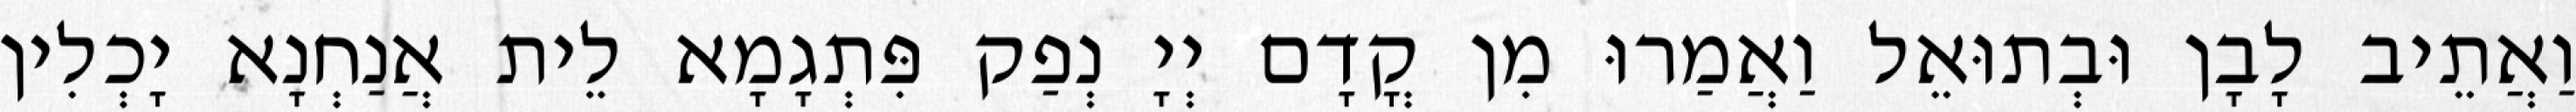
וַאֲתֵיב לָבָן וּבְתוּאֵל וַאֲמַרוּ מִן קֳדָם יְיָ נְפַק פִּתְגָמָא לֵית אֲנַחְנָא יָכְלִין